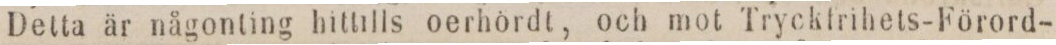
Detta är någonting hittills oerhördt, och mot Tryckfrihets-Förord-